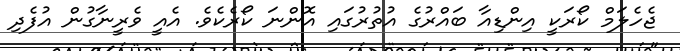
ޖެހެލަމް ކޯރަކީ އިންޑިއާ ބައްރުގެ އުތުރުގައި އޮންނަ ކޯރެކެވެ. އެއީ ވެރީނާގުން އުފެދި